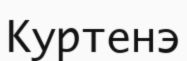
Куртенэ